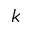
k